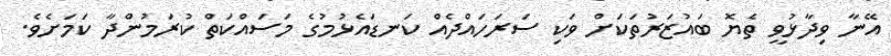
އޭނާ ވިދާޅުވީ ތެޔޮ ބައުޒަރުތަކަށް ވަކި ސަރަހައްދެއް ކަނޑައެޅުމުގެ މަސައްކަތް ކުރަމުންދާ ކަމަށެވެ.